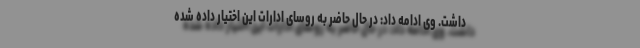
داشت. وی ادامه داد: در حال حاضر به روسای ادارات این اختیار داده شده